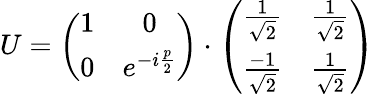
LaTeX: U=\left(\begin{array}{cc}{{1}}&{{0}}\\ {{0}}&{{e^{-i\frac{p}{2}}}}\end{array}\right)\cdot\left(\begin{array}{cc}{{\frac 1{\sqrt 2}}}&{{\frac 1{\sqrt 2}}}\\ {{\frac{-1}{\sqrt 2}}}&{{\frac 1{\sqrt 2}}}\end{array}\right)